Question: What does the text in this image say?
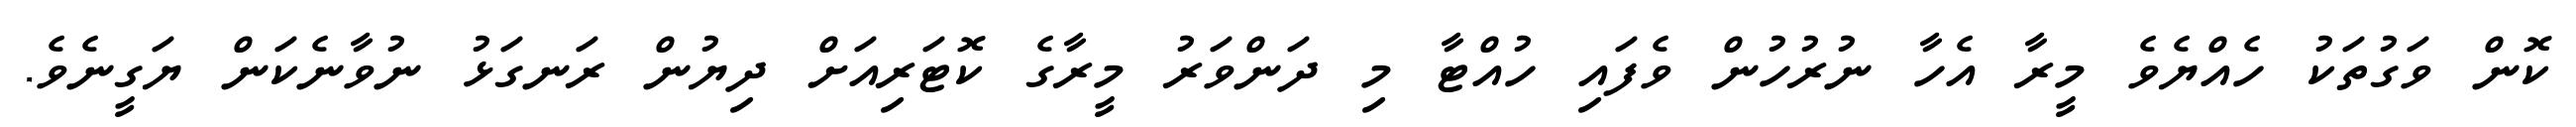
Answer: ކޮން ވަގުތަކު ހެއްޔެވެ މީރާ އެހާ ނުރުހުން ވެފައި ހުއްޓާ މި ދަންވަރު މީރާގެ ކޮޓަރިއަށް ދިޔުން ރަނގަޅު ނުވާނެކަން ޔަގީނެވެ.